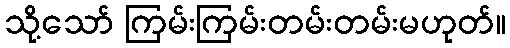
သို့သော် ကြမ်းကြမ်းတမ်းတမ်းမဟုတ်။